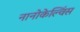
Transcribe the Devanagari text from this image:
नानोकेल्विंस